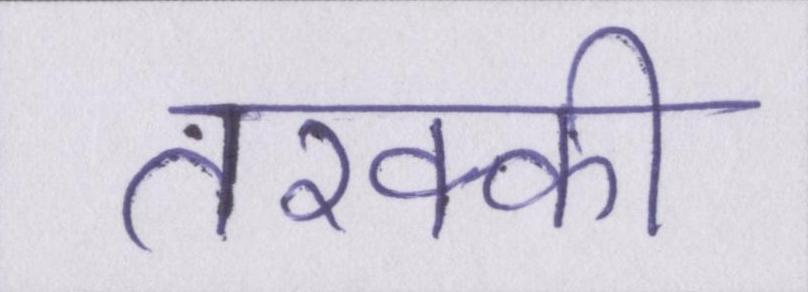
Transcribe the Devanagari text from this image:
तरक्की